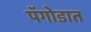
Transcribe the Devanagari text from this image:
पॅगोडात